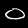
Label: 0